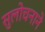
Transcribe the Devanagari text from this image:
सुलोचनाने